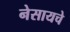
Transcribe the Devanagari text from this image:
नेसायचे